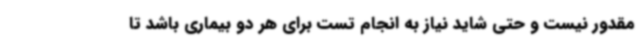
مقدور نیست و حتی شاید نیاز به انجام تست برای هر دو بیماری باشد تا